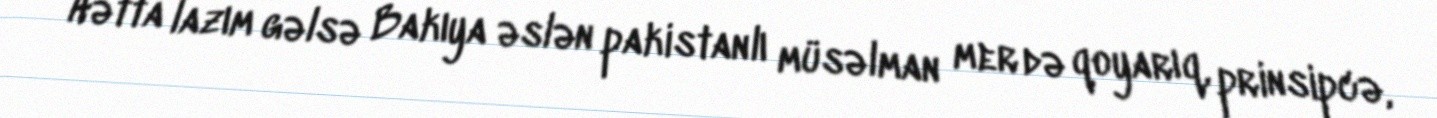
Hətta lazım gəlsə Bakıya əslən pakistanlı müsəlman mer də qoyarıq, prinsipcə,